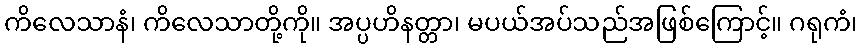
ကိလေသာနံ၊ ကိလေသာတို့ကို။ အပ္ပဟိနတ္တာ၊ မပယ်အပ်သည်အဖြစ်ကြောင့်။ ဂရုကံ၊